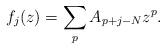
LaTeX: \begin{align*}f_j ( z) = \sum_p A_{p+j-N} z^p .\end{align*}